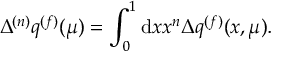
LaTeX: \Delta ^ { ( n ) } q ^ { ( f ) } ( \mu ) = \int _ { 0 } ^ { 1 } \mathrm { d } x x ^ { n } \Delta q ^ { ( f ) } ( x , \mu ) .